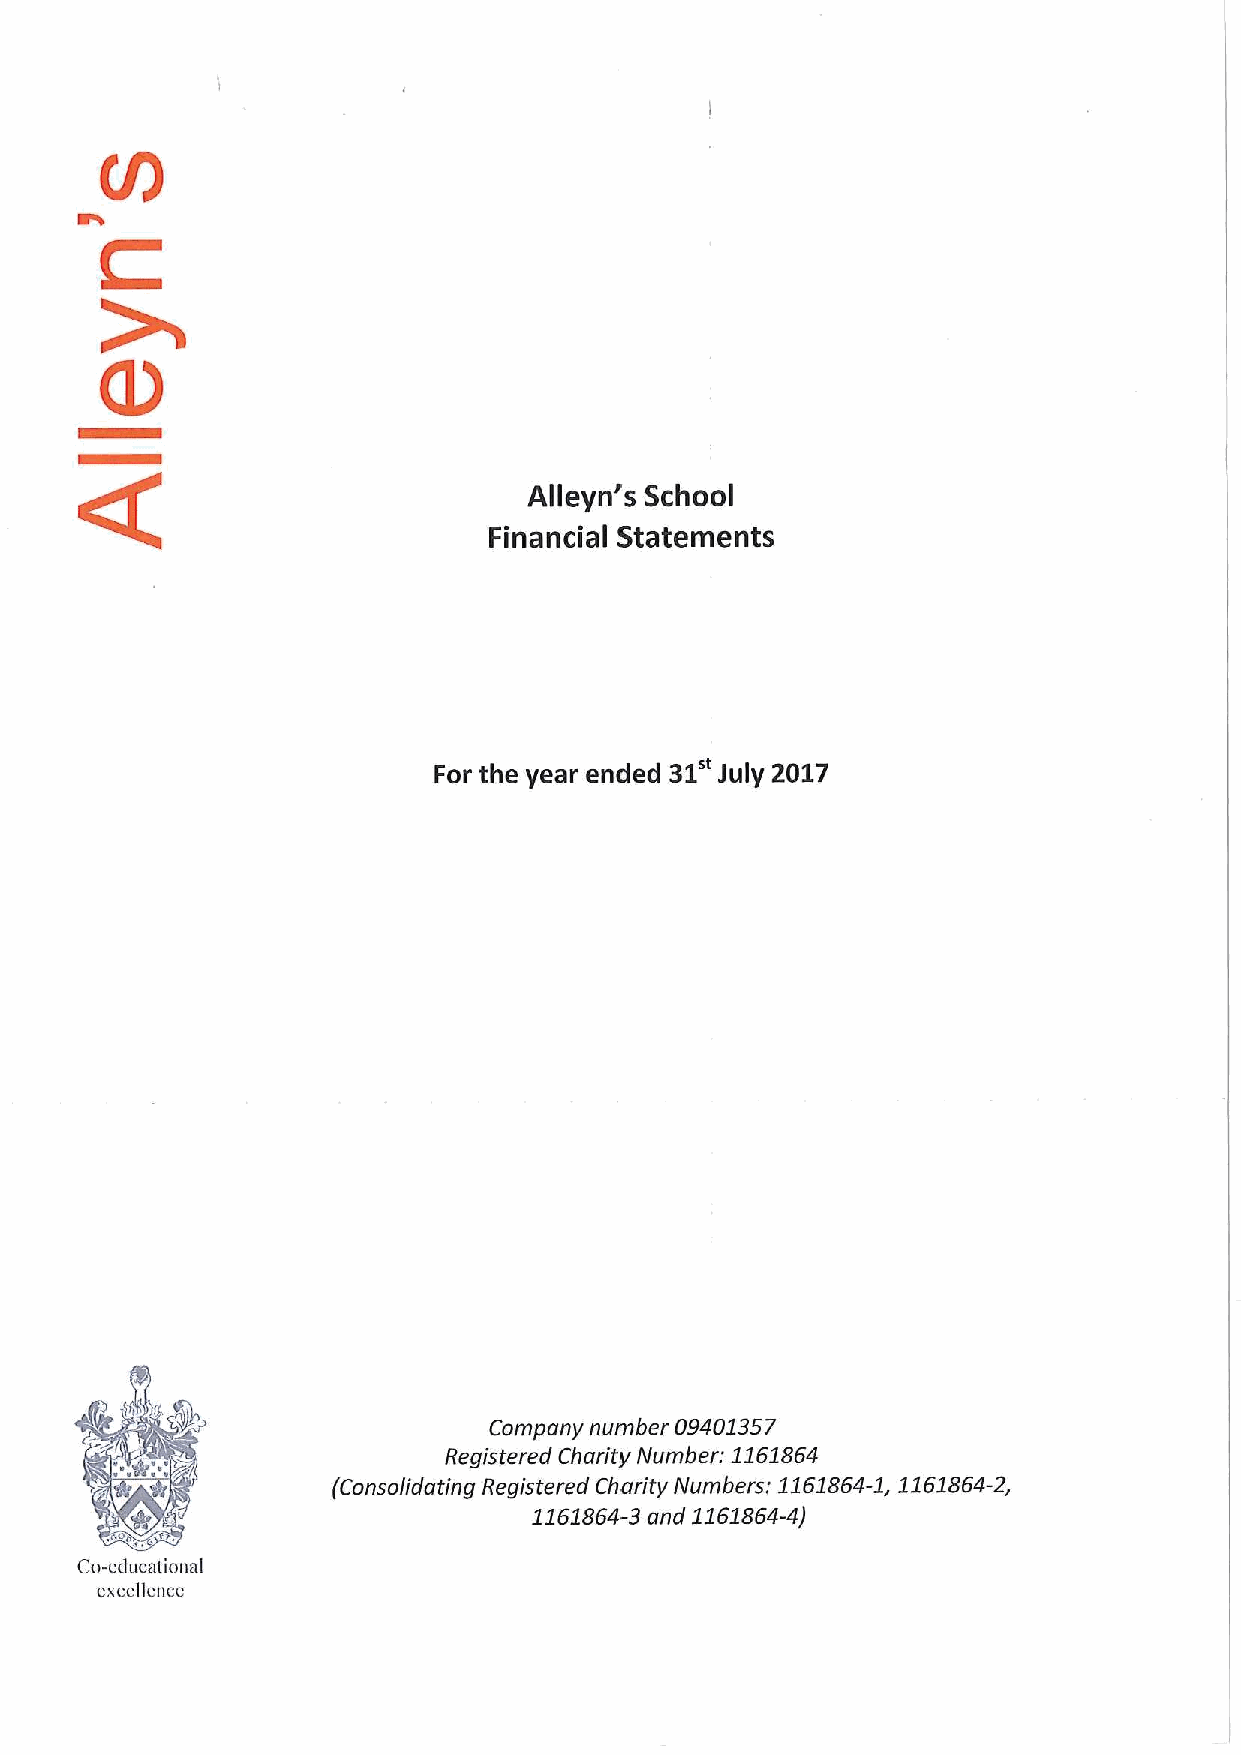
Alleyn's School
 Financial Statements
 31"
 For the year ended July 2017
 Company number 09401357
 Registered Charity Number: 1161864
 (Consolidating Registered Charity Numbers; 1161864-1,1161864-2,
 1161864-3and 1161864-4)
 Co-educational
 excellence